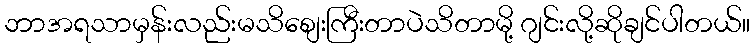
ဘာအရသာမှန်းလည်းမသိစျေးကြီးတာပဲသိတာမို့ ဂျင်းလို့ဆိုချင်ပါတယ်။